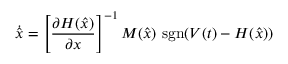
{ \dot { \hat { x } } } = \left[ { \frac { \partial H ( { \hat { x } } ) } { \partial x } } \right] ^ { - 1 } M ( { \hat { x } } ) \, \operatorname { s g n } ( V ( t ) - H ( { \hat { x } } ) )